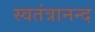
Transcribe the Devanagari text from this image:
स्वतंत्रानन्द